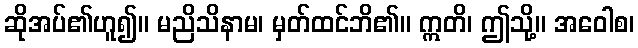
ဆိုအပ်၏ဟူ၍။ မညိသိနာမ၊ မှတ်ထင်ဘိ၏။ ဣတိ၊ ဤသို့။ အဝေါစ၊